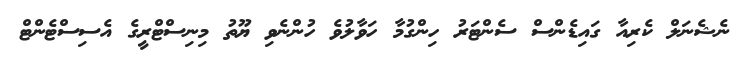
ނެޝެނަލް ކެރިއާ ގައިޑެންސް ސެންޓަރު ހިންގުމާ ހަވާލުވެ ހުންނެވި ޔޫތު މިނިސްޓްރީގެ އެސިސްޓެންޓް